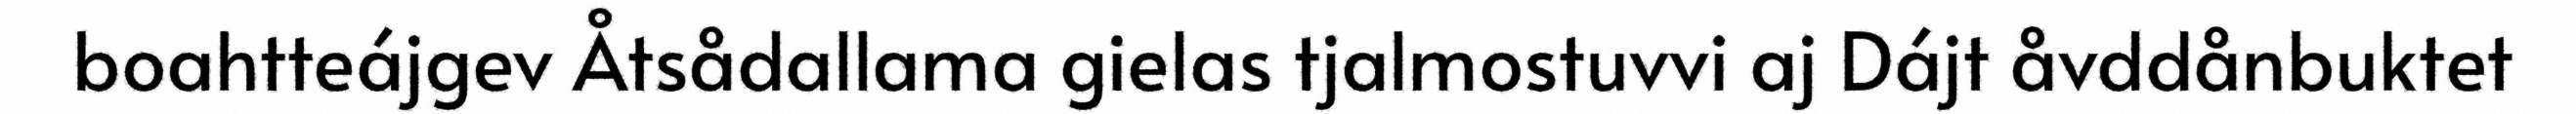
boahtteájgev Åtsådallama gielas tjalmostuvvi aj Dájt åvddånbuktet